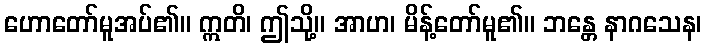
ဟောတော်မူအပ်၏။ ဣတိ၊ ဤသို့။ အာဟ၊ မိန့်တော်မူ၏။ ဘန္တေ နာဂသေန၊